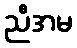
ညီအမ